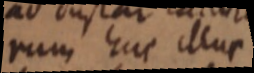
rum huc illux